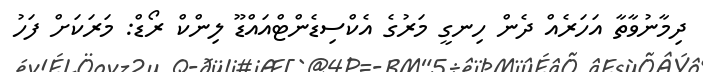
ދިމާނުވާތާ އަހަރެއް ދެން ހިނގީ މަރުގެ އެކްސިޑެންޓްއައްޑޫ ލިންކް ރޯޑް: މަރަކަށް ފަހު